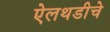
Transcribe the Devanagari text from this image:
ऐलथडीचे